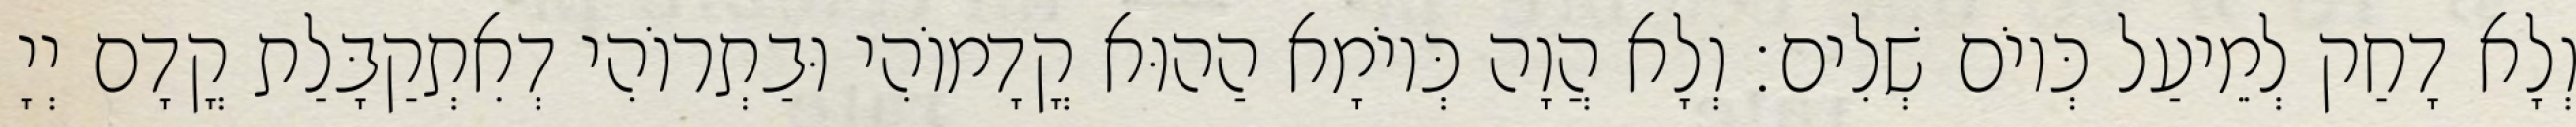
וְלָא דָחַק לְמֵיעַל כְּיוֹם שְׁלִים׃ וְלָא הֲוָה כְּיוֹמָא הַהוּא קֳדָמוֹהִי וּבַתְרוֹהִי דְאִתְקַבָּלַת קֳדָם יְיָ